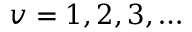
v = 1 , 2 , 3 , \dots